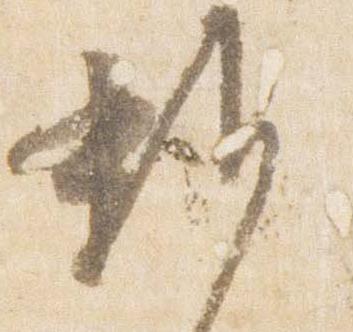
雑